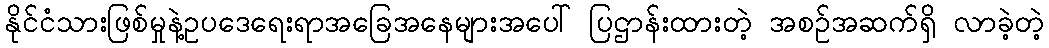
နိုင်ငံသားဖြစ်မှုနဲ့ဥပဒေရေးရာအခြေအနေများအပေါ် ပြဌာန်းထားတဲ့ အစဉ်အဆက်ရှိ လာခဲ့တဲ့